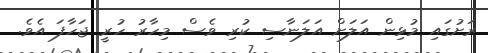
ރަށުގައި މުޅިން އަލަށް އަލަނާސި ކުރި ވެސް މިހާރު ހުރީ ޖަހާފަ އެވެ.